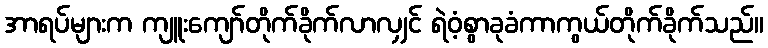
အာရပ်များက ကျူးကျော်တိုက်ခိုက်လာလျှင် ရဲဝံ့စွာခုခံကာကွယ်တိုက်ခိုက်သည်။